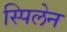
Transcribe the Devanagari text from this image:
स्पिलेन